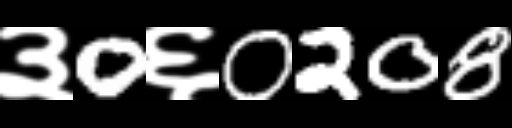
Text: ३0६0208